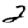
Digit: 2